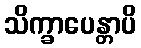
သိက္ခာပေန္တာပိ